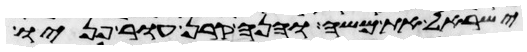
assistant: ישראל את משה והנה קרן עור פניו